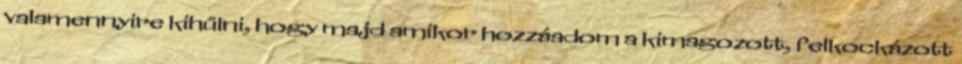
valamennyire kihűlni, hogy majd amikor hozzáadom a kimagozott, felkockázott